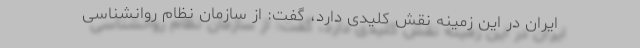
ایران در این زمینه نقش کلیدی دارد، گفت: از سازمان نظام روانشناسی